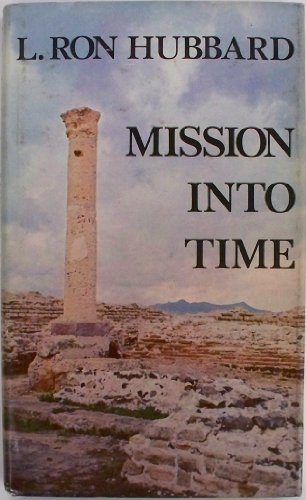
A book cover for Mission into Time (A Scientology book); L. Ron Hubbard; Religion & Spirituality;